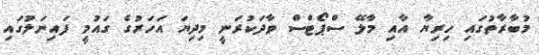
މުބާރާތުގައި ހިރިޔާ އާއި މާލޭ ސްޕޯޓްސް ވާދަކުރަނީ މިދިޔަ އަހަރުގެ ގައުމީ ފައިނަލުގައި